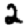
Digit: 2